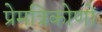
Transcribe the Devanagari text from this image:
प्रेमत्रिकोणों